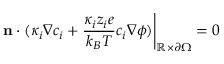
\left. \mathbf { n } \cdot ( \kappa _ { i } \nabla c _ { i } + \frac { \kappa _ { i } z _ { i } e } { k _ { B } T } c _ { i } \nabla \phi ) \right| _ { \mathbb { R } \times \partial \Omega } = 0